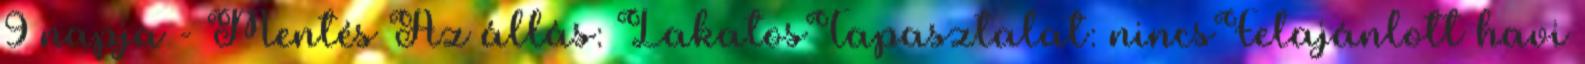
9 napja - Mentés Az állás: LakatosTapasztalat: nincsFelajánlott havi